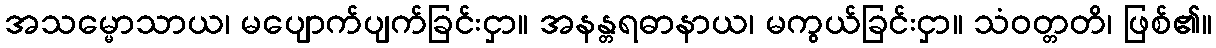
အသမ္မောသာယ၊ မပျောက်ပျက်ခြင်းငှာ။ အနန္တရဓာနာယ၊ မကွယ်ခြင်းငှာ။ သံဝတ္တတိ၊ ဖြစ်၏။